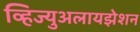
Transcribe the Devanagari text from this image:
व्हिज्युअलायझेशन